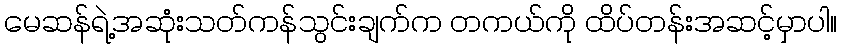
မေဆန်ရဲ့အဆုံးသတ်ကန်သွင်းချက်က တကယ်ကို ထိပ်တန်းအဆင့်မှာပါ။